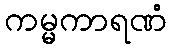
ကမ္မကာရဏံ